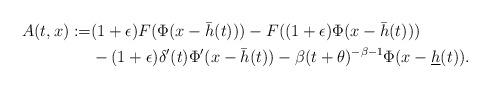
LaTeX: \begin{align*}A(t,x):=&(1+\epsilon)F(\Phi(x-\bar h(t)))-F((1+\epsilon)\Phi(x-\bar h(t)))\\&-(1+\epsilon)\delta'(t)\Phi'(x-\bar h(t))-\beta(t+\theta)^{-\beta-1}\Phi(x-\underline h(t)).\end{align*}